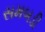
સમબડી